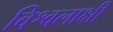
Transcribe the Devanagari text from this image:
विश्वलाक्षी